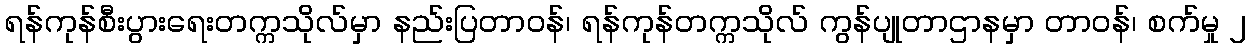
ရန်ကုန်စီးပွားရေးတက္ကသိုလ်မှာ နည်းပြတာဝန်၊ ရန်ကုန်တက္ကသိုလ် ကွန်ပျုတာဌာနမှာ တာဝန်၊ စက်မှု ၂